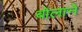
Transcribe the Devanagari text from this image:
बोलाने